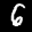
Label: 6